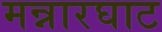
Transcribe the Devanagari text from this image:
मन्नारघाट